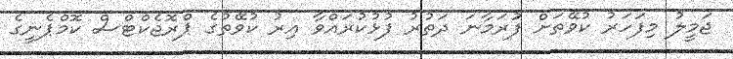
ޖަމީލު މިފަހަރު ކުވޭތަށް ފުަރަމާނަ ދަތުރު ފުޅުކުރައްވާ އިރު ކުވޭތުގެ ޕްރޮޖެކްޓްސް ކޮމްޕެނީގެ